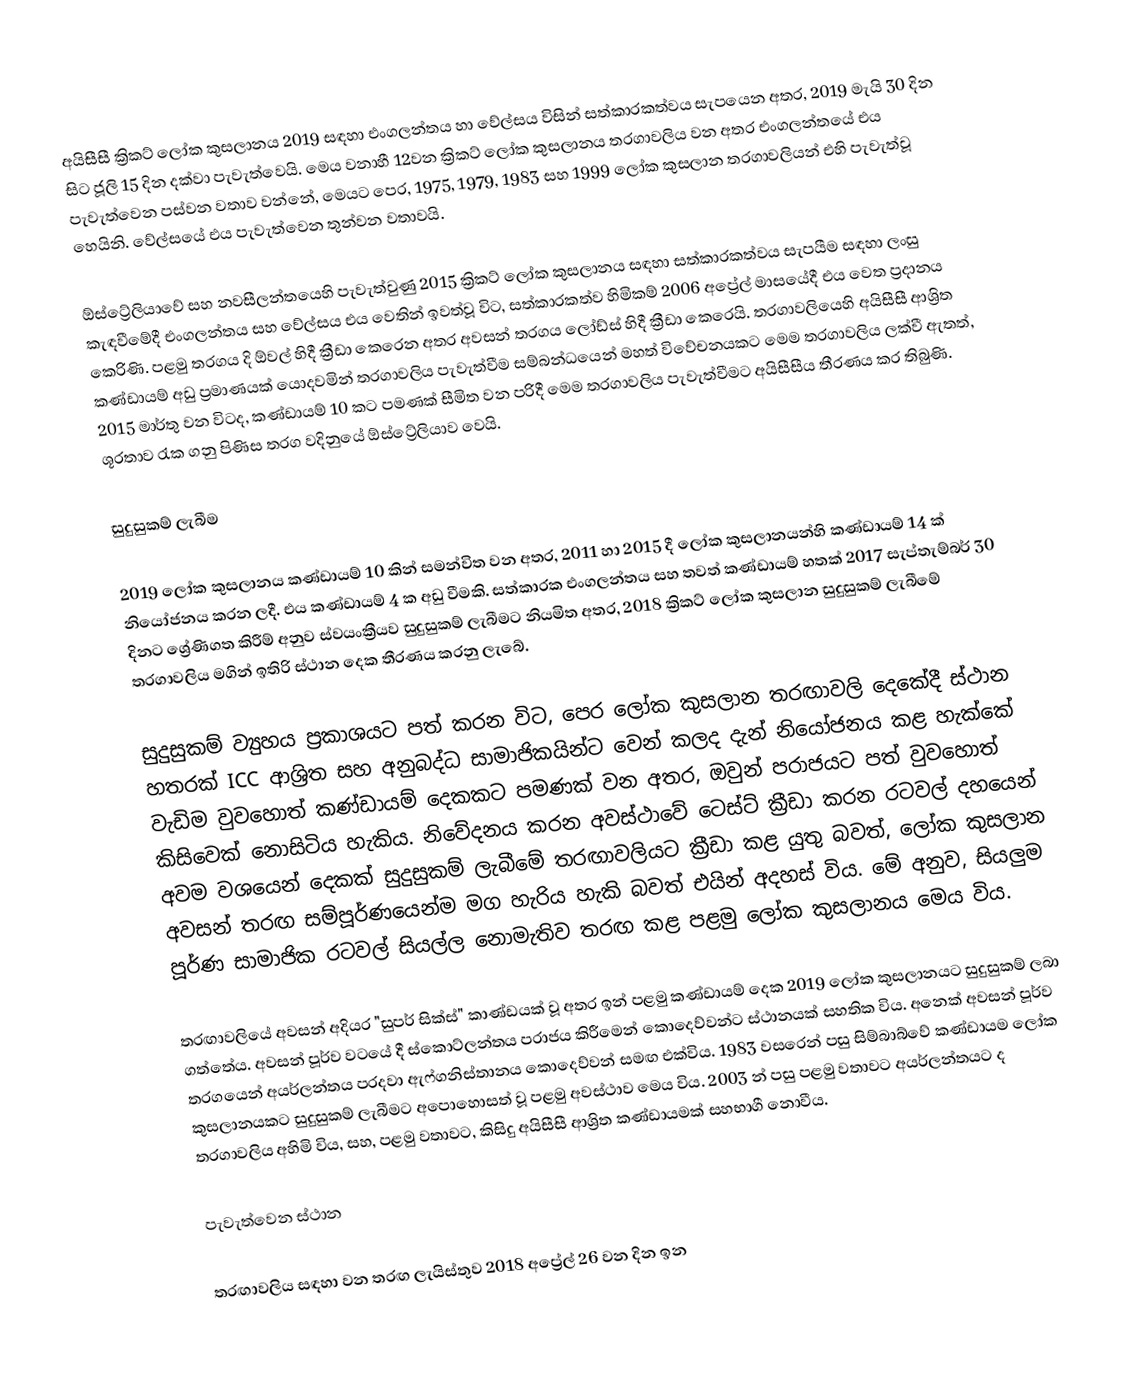
අයිසීසී ක්‍රිකට් ලෝක කුසලානය 2019 සඳහා එංගලන්තය හා වේල්සය විසින් සත්කාරකත්වය සැපයෙන අතර, 2019 මැයි 30 දින සිට ජූලි 15 දින දක්වා පැවැත්වෙයි.  මෙය වනාහී 12වන ක්‍රිකට් ලෝක කුසලානය තරගාවලිය වන අතර එංගලන්තයේ එය පැවැත්වෙන පස්වන වතාව වන්නේ, මෙයට පෙර, 1975, 1979, 1983 සහ 1999 ලෝක කුසලාන තරගාවලියන් එහි පැවැත්වූ හෙයිනි. වේල්සයේ එය පැවැත්වෙන තුන්වන වතාවයි.

ඕස්ට්‍රේලියාවේ සහ නවසීලන්තයෙහි පැවැත්වුණු 2015 ක්‍රිකට් ලෝක කුසලානය සඳහා සත්කාරකත්වය සැපයීම සඳහා ලංසු කැඳවීමේදී එංගලන්තය සහ වේල්සය එය වෙතින් ඉවත්වූ විට, සත්කාරකත්ව හිමිකම් 2006 අප්‍රේල් මාසයේදී එය වෙත ප්‍රදානය කෙරිණි. පළමු තරගය  දි ඕවල් හිදී ක්‍රීඩා කෙරෙන අතර අවසන් තරගය ලෝඩ්ස් හිදී ක්‍රීඩා කෙරෙයි. තරගාවලියෙහි අයිසීසී ආශ්‍රිත කණ්ඩායම් අඩු ප්‍රමාණයක් යොදවමින් තරගාවලිය පැවැත්වීම සම්බන්ධයෙන් මහත් විවේචනයකට මෙම තරගාවලිය ලක්වී ඇතත්, 2015 මාර්තු වන විටද, කණ්ඩායම් 10 කට පමණක් සීමිත වන පරිදී මෙම තරගාවලිය පැවැත්වීමට අයිසීසීය තීරණය කර තිබුණි. ශූරතාව රැක ගනු පිණිස තරග වදිනුයේ ඕස්ට්‍රේලියාව වෙයි.

සුදුසුකම් ලැබීම

2019 ලෝක කුසලානය කණ්ඩායම් 10 කින් සමන්විත වන අතර, 2011 හා 2015 දී ලෝක කුසලානයන්හි කණ්ඩායම් 14 ක් නියෝජනය කරන ලදී. එය කණ්ඩායම් 4 ක අඩු වීමකි. සත්කාරක එංගලන්තය සහ තවත් කණ්ඩායම් හතක් 2017 සැප්තැම්බර් 30 දිනට ශ්‍රේණිගත කිරීම් අනුව ස්වයංක්‍රීයව සුදුසුකම් ලැබීමට නියමිත අතර, 2018 ක්‍රිකට් ලෝක කුසලාන සුදුසුකම් ලැබීමේ තරගාවලිය මගින් ඉතිරි ස්ථාන දෙක තීරණය කරනු ලැබේ.

සුදුසුකම් ව්‍යුහය ප්‍රකාශයට පත් කරන විට, පෙර ලෝක කුසලාන තරඟාවලි දෙකේදී ස්ථාන හතරක් ICC ආශ්‍රිත සහ අනුබද්ධ සාමාජිකයින්ට වෙන් කලද දැන් නියෝජනය කළ හැක්කේ වැඩිම වුවහොත් කණ්ඩායම් දෙකකට පමණක් වන අතර, ඔවුන් පරාජයට පත් වුවහොත් කිසිවෙක් නොසිටිය හැකිය. නිවේදනය කරන අවස්ථාවේ ටෙස්ට් ක්‍රීඩා කරන රටවල් දහයෙන් අවම වශයෙන් දෙකක් සුදුසුකම් ලැබීමේ තරඟාවලියට ක්‍රීඩා කළ යුතු බවත්, ලෝක කුසලාන අවසන් තරඟ සම්පූර්ණයෙන්ම මග හැරිය හැකි බවත් එයින් අදහස් විය. මේ අනුව, සියලුම පූර්ණ සාමාජික රටවල් සියල්ල නොමැතිව තරඟ කළ පළමු ලෝක කුසලානය මෙය විය.

තරඟාවලියේ අවසන් අදියර "සුපර් සික්ස්" කාණ්ඩයක් වූ අතර ඉන් පළමු කණ්ඩායම් දෙක 2019 ලෝක කුසලානයට සුදුසුකම් ලබා ගත්තේය. අවසන් පූර්ව වටයේ දී ස්කොට්ලන්තය පරාජය කිරීමෙන් කොදෙව්වන්ට ස්ථානයක් සහතික විය. අනෙක් අවසන් පූර්ව තරගයෙන් අයර්ලන්තය පරදවා ඇෆ්ගනිස්තානය කොදෙව්වන් සමඟ එක්විය. 1983 වසරෙන් පසු සිම්බාබ්වේ කණ්ඩායම ලෝක කුසලානයකට සුදුසුකම් ලැබීමට අපොහොසත් වූ පළමු අවස්ථාව මෙය විය. 2003 න් පසු පළමු වතාවට අයර්ලන්තයට ද තරගාවලිය අහිමි විය, සහ, පළමු වතාවට, කිසිදු අයිසීසී ආශ්‍රිත කණ්ඩායමක් සහභාගී නොවීය.

පැවැත්වෙන ස්ථාන

තරඟාවලිය සඳහා වන තරඟ ලැයිස්තුව 2018 අප්‍රේල් 26 වන දින ඉන